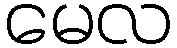
မေလ